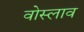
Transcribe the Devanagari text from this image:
वोस्लाव